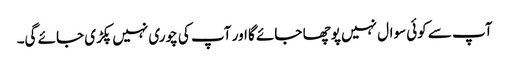
آپ سے کوئی سوال نہیں پوچھا جائے گا اور آپ کی چوری نہیں پکڑی جائے گی۔